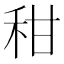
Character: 𥞈